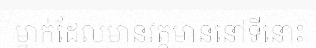
ម្នាក់ដែលមានវត្តមាននៅទីនោះ